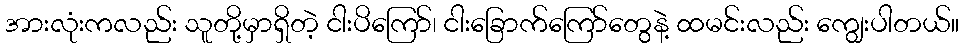
အားလုံးကလည်း သူတို့မှာရှိတဲ့ ငါးပိကြော်၊ ငါးခြောက်ကြော်တွေနဲ့ ထမင်းလည်း ကျွေးပါတယ်။